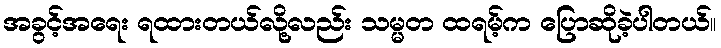
အခွင့်အရေး ရထားတယ်လို့လည်း သမ္မတ ထရမ့်က ပြောဆိုခဲ့ပါတယ်။